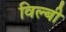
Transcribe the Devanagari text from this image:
विल्बी